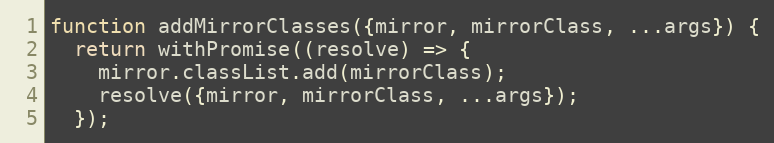
Language: JavaScript
function addMirrorClasses({mirror, mirrorClass, ...args}) {
  return withPromise((resolve) => {
    mirror.classList.add(mirrorClass);
    resolve({mirror, mirrorClass, ...args});
  });